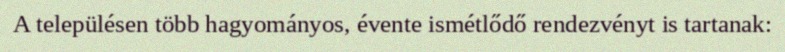
A településen több hagyományos, évente ismétlődő rendezvényt is tartanak: